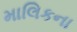
માલિકના